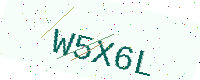
Text: W5X6L